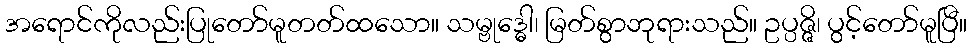
အရောင်ကိုလည်းပြုတော်မူတတ်ထသော။ သမ္ဗုဒ္ဓေါ၊ မြတ်စွာဘုရားသည်။ ဥပ္ပဇ္ဇိ၊ ပွင့်တော်မူပြီ။